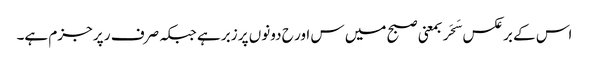
اس کے برعکس سَحَر بمعنی صبح میں س اور ح دونوں پر زبر ہے جبکہ صرف ر پر جزم ہے۔